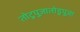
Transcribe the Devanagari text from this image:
तोटुपुज़ातोडुपुज़ा